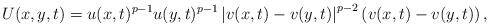
\begin{align*}U(x,y,t)=u(x,t)^{p-1}u(y,t)^{p-1}\left|v(x,t)-v(y,t)\right|^{p-2}\left(v(x,t)-v(y,t)\right),\end{align*}